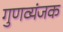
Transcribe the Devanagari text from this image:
गुणव्यंजक